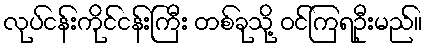
လုပ်ငန်းကိုင်ငန်းကြီး တစ်ခုသို့ ဝင်ကြရဦးမည်။